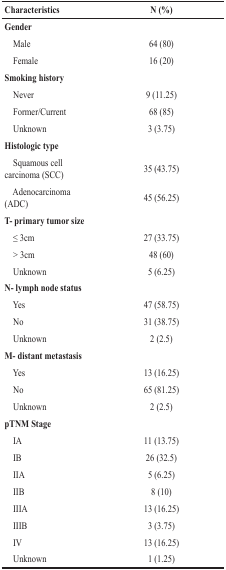
| Characteristics | N (%) |
 | --- | --- |
 | Gender |  |
 | Male | 64 (80) |
 | Female | 16 (20) |
 | Smoking history |  |
 | Never | 9 (11.25) |
 | Former/Current | 68 (85) |
 | Unknown | 3 (3.75) |
 | Histologic type |  |
 | Squamous cell carcinoma (SCC) | 35 (43.75) |
 | Adenocarcinoma (ADC) | 45 (56.25) |
 | T- primary tumor size |  |
 | ≤ 3cm | 27 (33.75) |
 | > 3cm | 48 (60) |
 | Unknown | 5 (6.25) |
 | N- lymph node status |  |
 | Yes | 47 (58.75) |
 | No | 31 (38.75) |
 | Unknown | 2 (2.5) |
 | M- distant metastasis |  |
 | Yes | 13 (16.25) |
 | No | 65 (81.25) |
 | Unknown | 2 (2.5) |
 | pTNM Stage |  |
 | IA | 11 (13.75) |
 | IB | 26 (32.5) |
 | IIA | 5 (6.25) |
 | IIB | 8 (10) |
 | IIIA | 13 (16.25) |
 | IIIB | 3 (3.75) |
 | IV | 13 (16.25) |
 | Unknown | 1 (1.25) |